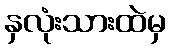
နှလုံးသားထဲမှ